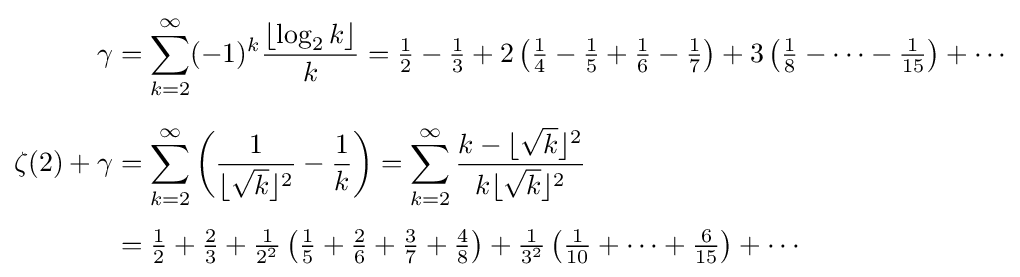
{\begin{aligned}\gamma &=\sum _{k=2}^{\infty }(-1)^{k}{\frac {\left\lfloor \log _{2}k\right\rfloor }{k}}={\tfrac {1}{2}}-{\tfrac {1}{3}}+2\left({\tfrac {1}{4}}-{\tfrac {1}{5}}+{\tfrac {1}{6}}-{\tfrac {1}{7}}\right)+3\left({\tfrac {1}{8}}-\cdots -{\tfrac {1}{15}}\right)+\cdots \\[6pt]\zeta (2)+\gamma &=\sum _{k=2}^{\infty }\left({\frac {1}{\lfloor {\sqrt {k}}\rfloor ^{2}}}-{\frac {1}{k}}\right)=\sum _{k=2}^{\infty }{\frac {k-\lfloor {\sqrt {k}}\rfloor ^{2}}{k\lfloor {\sqrt {k}}\rfloor ^{2}}}\\[4pt]&={\tfrac {1}{2}}+{\tfrac {2}{3}}+{\tfrac {1}{2^{2}}}\left({\tfrac {1}{5}}+{\tfrac {2}{6}}+{\tfrac {3}{7}}+{\tfrac {4}{8}}\right)+{\tfrac {1}{3^{2}}}\left({\tfrac {1}{10}}+\cdots +{\tfrac {6}{15}}\right)+\cdots \end{aligned}}